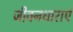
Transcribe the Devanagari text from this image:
जीवनधाराएं